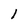
Character: l